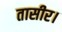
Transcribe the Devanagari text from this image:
तासीर।